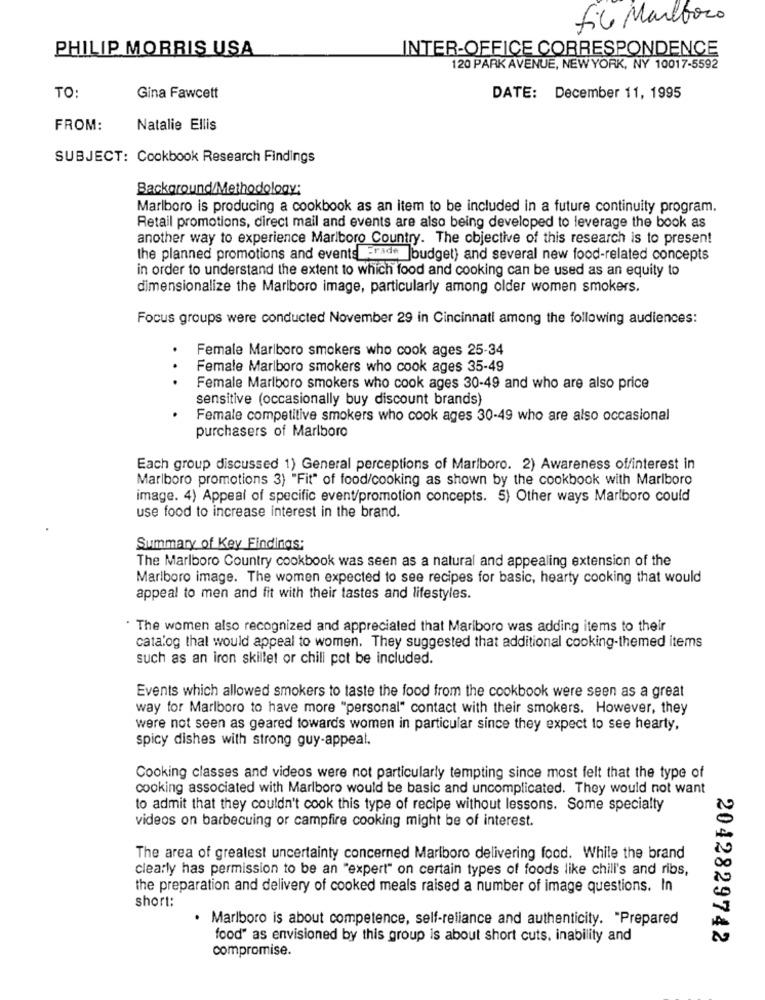
file Marlboro
PHILIP MORRIS USA
INTER-OFFICE CORRESPONDENCE
120 PARK AVENUE, NEW YORK, NY 10017-5592
TO:
Gina Fawcett
DATE: December 11, 1995
FROM:
Natalie Ellis
SUBJECT: Cookbook Research Findings
Background/Methodology:
Marlboro is producing a cookbook as an item to be included in a future continuity program.
Retail promotions, direct mail and events are also being developed to leverage the book as
another way to experience Marlboro Country. The objective of this research is to present
the planned promotions and events Erade |budget) and several new food-related concepts
in order to understand the extent to which food and cooking can be used as an equity to
dimensionalize the Marlboro image, particularly among older women smokers.
Focus groups were conducted November 29 in Cincinnati among the following audiences:
Female Marlboro smokers who cook ages 25-34
Female Marlboro smokers who cook ages 35-49
.. .
Female Marlboro smokers who cook ages 30-49 and who are also price
sensitive (occasionally buy discount brands)
Female competitive smokers who cook ages 30-49 who are also occasional
purchasers of Marlboro
Each group discussed 1) General perceptions of Marlboro. 2) Awareness offinterest in
Marlboro promotions 3) "Fit" of food/cooking as shown by the cookbook with Marlboro
image. 4) Appeal of specific event/promotion concepts. 5) Other ways Marlboro could
use food to increase interest in the brand.
Summary of Key Findings:
The Marlboro Country cookbook was seen as a natural and appealing extension of the
Marlboro image. The women expected to see recipes for basic, hearty cooking that would
appeal to men and fit with their tastes and lifestyles.
The women also recognized and appreciated that Marlboro was adding items to their
catalog thal would appeal to women. They suggested that additional cooking-themed items
such as an iron skillet or chill pot be included.
Events which allowed smokers to taste the food from the cookbook were seen as a great
way for Marlboro to have more "personal" contact with their smokers. However, they
were not seen as geared towards women in particular since they expect to see hearty.
spicy dishes with strong guy-appeal.
Cooking classes and videos were not particularly tempting since most felt that the type of
cooking associated with Marlboro would be basic and uncomplicated. They would not want
to admit that they couldn't cook this type of recipe without lessons. Some specialty
videos on barbecuing or campfire cooking might be of interest.
The area of greatest uncertainty concerned Marlboro delivering food. While the brand
clearly has permission to be an "expert" on certain types of foods like chill's and ribs,
the preparation and delivery of cooked meals raised a number of image questions. In
short:
· Marlboro is about competence, self-reliance and authenticity. "Prepared
food" as envisioned by this group is about short cuts. inability and
2042829742
compromise.